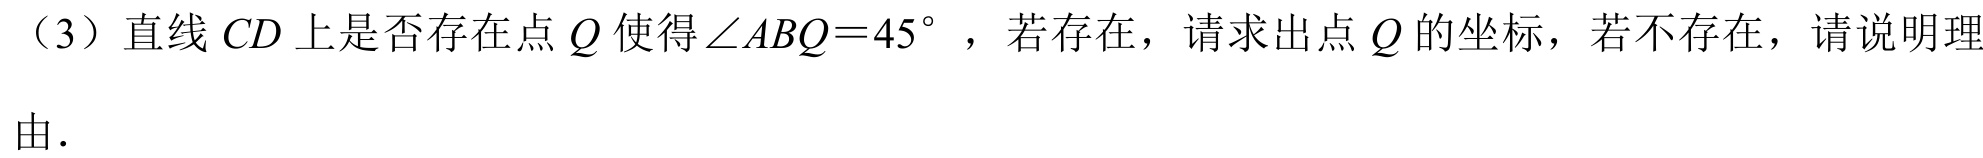
（3）直线 \(CD\) 上是否存在点 \(Q\) 使得\(\angle ABQ = 45^{\circ}\) ，若存在，请求出点 \(Q\) 的坐标，若不存在，请说明理
由．